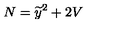
N = { { \widetilde y } } ^ { 2 } + 2 V